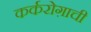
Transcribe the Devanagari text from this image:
कर्करोग़ाची